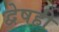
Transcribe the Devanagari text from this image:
द्वेषही